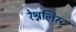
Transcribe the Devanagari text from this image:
रेश्नलिस्ट